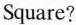
Square?